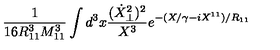
\frac { 1 } { 1 6 R _ { 1 1 } ^ { 3 } M _ { 1 1 } ^ { 3 } } \int d ^ { 3 } x \frac { ( \dot { X } _ { \perp } ^ { 2 } ) ^ { 2 } } { X ^ { 3 } } e ^ { - ( X / \gamma - i X ^ { 1 1 } ) / R _ { 1 1 } }